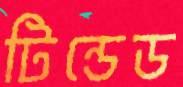
টিন্ডেড